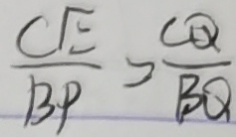
\frac { C E } { B P } > \frac { C Q } { B Q }